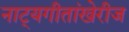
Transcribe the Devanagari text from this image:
नाट्यगीतांखेरीज